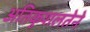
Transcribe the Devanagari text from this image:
अतिकुशलतेने